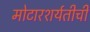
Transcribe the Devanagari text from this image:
मोटारशर्यतीची